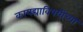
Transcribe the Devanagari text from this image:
कायद्याविषयीच्या